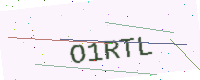
Text: O1RTL